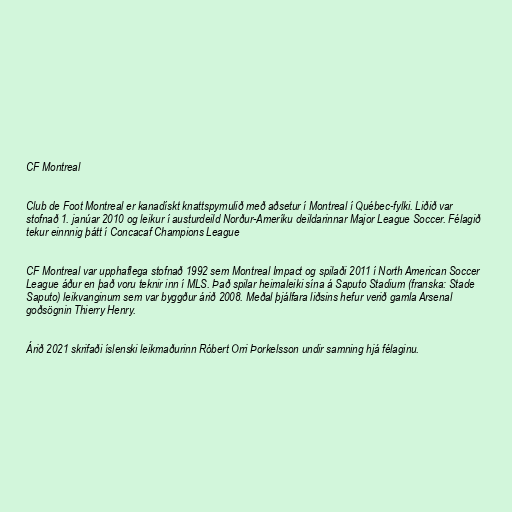
CF Montreal

Club de Foot Montreal er kanadískt knattspyrnulið með aðsetur í Montreal í Québec-fylki. Liðið var
stofnað 1. janúar 2010 og leikur í austurdeild Norður-Ameríku deildarinnar Major League Soccer. Félagið
tekur einnnig þátt í Concacaf Champions League

CF Montreal var upphaflega stofnað 1992 sem Montreal Impact og spilaði 2011 í North American Soccer
League áður en það voru teknir inn í MLS. Það spilar heimaleiki sína á Saputo Stadium (franska: Stade
Saputo) leikvanginum sem var byggður árið 2008. Meðal þjálfara liðsins hefur verið gamla Arsenal
goðsögnin Thierry Henry.

Árið 2021 skrifaði íslenski leikmaðurinn Róbert Orri Þorkelsson undir samning hjá félaginu.